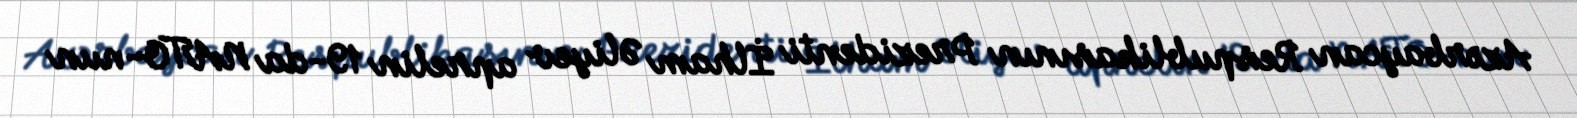
Azərbaycan Respublikasının Prezidenti İlham Əliyev aprelin 19-da NATO-nun